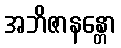
အဘိဇာနန္တော